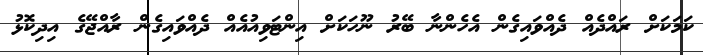
ކަމަކަށް ރައްދެއް ދެއްވައިގެން އެހެންނާ ބޭރު ނޫހަކަށް އިންޓަވިއުއެއް ދެއްވައިގެން ރާއްޖޭގެ އިދިކޮޅު